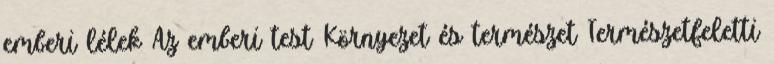
emberi lélek Az emberi test Környezet és természet Természetfeletti